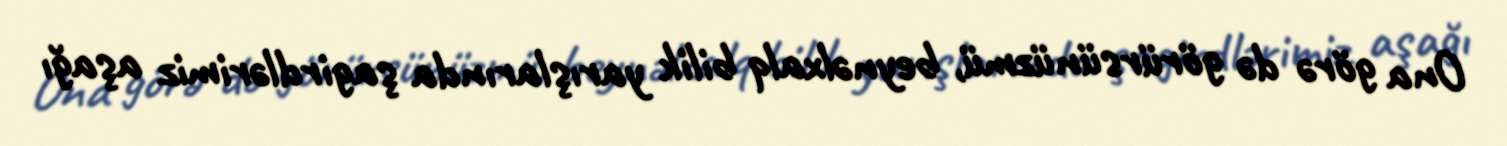
Ona görə də görürsünüzmü, beynəlxalq bilik yarışlarında şagirdlərimiz aşağı